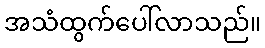
အသံထွက်ပေါ်လာသည်။